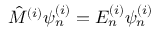
{ \hat { M } } ^ { ( i ) } \psi _ { n } ^ { ( i ) } = E _ { n } ^ { ( i ) } \psi _ { n } ^ { ( i ) }